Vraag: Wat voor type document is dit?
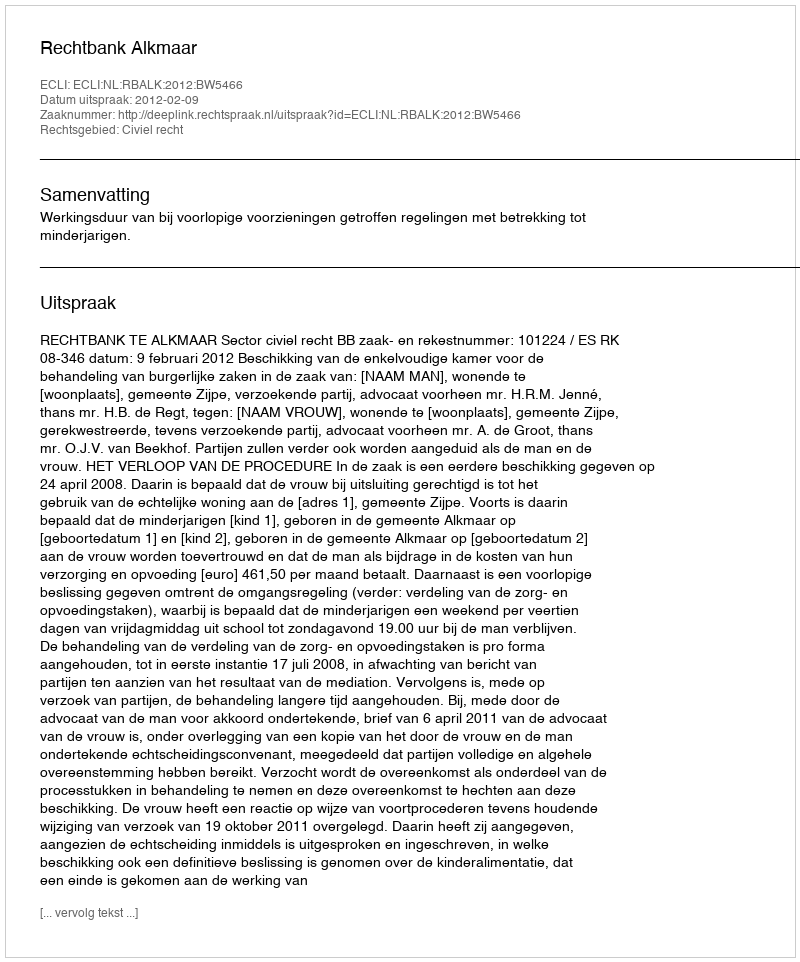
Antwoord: Uitspraak